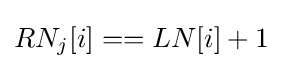
RN_{j}[i]==LN[i]+1